Sketch of the medical history of the native army of Bombay, for the year
Year: 1870
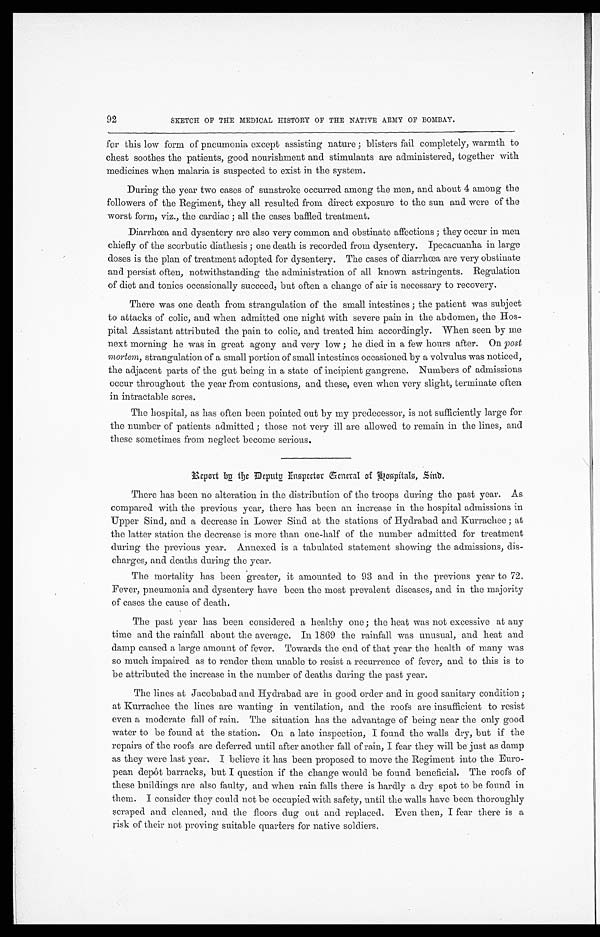
92
SKETCH OF THE MEDICAL HISTORY OF THE NATIVE ARMY OF BOMBAY.
for this low form of pneumonia except assisting nature ; blisters fail completely, warmth to
chest soothes the patients, good nourishment and stimulants are administered, together with
medicines when malaria is suspected to exist in the system.
During the year two cases of sunstroke occurred among the men, and about 4 among the
followers of the Regiment, they all resulted from direct exposure to the sun and were of the
worst form, viz., the cardiac ; all the cases baffled treatment.
Diarrhœa and dysentery are also very common and obstinate affections ; they occur in men
chiefly of the scorbutic diathesis ; one death is recorded from dysentery. Ipecacuanha, in large
doses is the plan of treatment adopted for dysentery. The cases of diarrhœa are very obstinate
and persist often, notwithstanding the administration of all known astringents. Regulation
of diet and tonics occasionally succeed, but often a change of air is necessary to recovery.
There was one death from strangulation of the small intestines ; the patient was subject
to attacks of colic, and when admitted one night with severe pain in the abdomen, the Hos
-pital Assistant attributed the pain to colic, and treated him accordingly. When seen by me
next morning he was in great agony and very low ; he died in a few hours after. On post
mortem, strangulation of a small portion of small intestines occasioned by a volvulus was noticed,
the adjacent parts of the gut being in a state of incipient gangrene. Numbers of admissions
occur throughout the year from contusions, and these, even when very slight, terminate often
in intractable sores.
The hospital, as has often been pointed out by my predecessor, is not sufficiently large for
the number of patients admitted ; those not very ill are allowed to remain in the lines, and
these sometimes from neglect become serious,
R e p o r t b y
t h e D e
p u t y I n s p e c t o r G e n e r a l o f H o s p i t a l s , S i n d .
There has been no alteration in the distribution of the troops during the past year. As
compared with the previous year, there has been an increase in the hospital admissions in
Upper Sind, and a decrease in Lower Sind at the stations of Hydrabad and Kurrachee ; at
the latter station the decrease is more than one-half of the number admitted for treatment
during the previous year. Annexed is a tabulated statement showing the admissions, dis
-charges, and deaths during the year.
The mortality has been greater, it amounted to 93 and in the previous year to 72.
Fever, pneumonia and dysentery have been the most prevalent diseases, and in the majority
of cases the cause of death.
The past year has been considered a healthy one ; the heat was not excessive at any
time and the rainfall about the average. In 1869 the rainfall was unusual, and heat and
damp caused a large amount of fever. Towards the end of that year the health of many was
so much impaired as to render them unable to resist a recurrence of fever, and to this is to
be attributed the increase in the number of deaths during the past year.
The lines at Jacobabad and Hydrabad are in good order and in good sanitary condition ;
at Kurrachee the lines are wanting in ventilation, and the roofs are insufficient to resist
even a moderate fall of rain. The situation has the advantage of being near the only good
water to be found at the station. On a late inspection, I found the walls dry, but if the
repairs of the roofs are deferred until after another fall of rain, I fear they will be just as damp
as they were last year. I believe it has been proposed to move the Regiment into the Euro
- p e a n d e p Ô t b a r r a c k s , b u t I q u e s t i o n i f t h e c h a n g e w o u l d b e f o u n d b e n e f i c i a l . T h e r o o f s o f
these buildings are also faulty, and when rain falls there is hardly a dry spot to be found in
them. I consider they could not be occupied with safety, until the walls have been thoroughly
scraped and cleaned, and the floors dug out and replaced. Even then, I fear there is a
risk of their not proving suitable quarters for native soldiers.